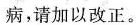
病，请加以改正。